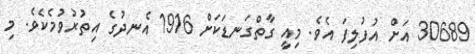
30689 އަށް އުފުލިފަ އެވެ. މިއީ ގާތްގަނޑަކަށް 1916 އެނދުގެ އިތުރުވުމެކެވެ. މި